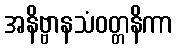
အနိဗ္ဗာနသံဝတ္တနိကာ